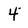
Character: 4